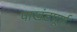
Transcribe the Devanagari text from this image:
पाखंडपूर्ण